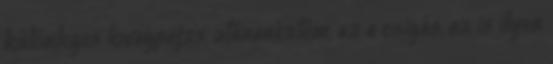
különleges lovagpajzs, utánanéztem, az a csigás, az is ilyen